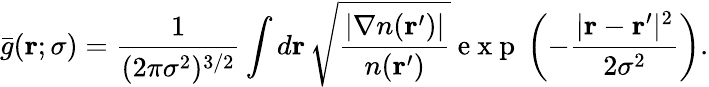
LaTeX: \bar{g}(\mathbf{r};\sigma)=\frac{1}{(2\pi\sigma^{2})^{3/2}}\int d\mathbf{r}\, \sqrt{\frac{|\nabla n(\mathbf{r}^{\prime})|}{n(\mathbf{r}^{\prime})}}\mathrm{~e~x~p~}\left(-\frac{|\mathbf{r}-\mathbf{r}^{\prime}|^{2}}{2\sigma^{2}}\right).